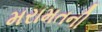
મરામતની